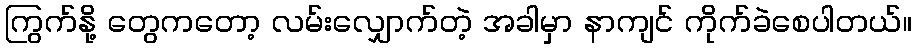
ကြွက်နို့ တွေကတော့ လမ်းလျှောက်တဲ့ အခါမှာ နာကျင် ကိုက်ခဲစေပါတယ်။